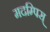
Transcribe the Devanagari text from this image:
मदम्पिस्